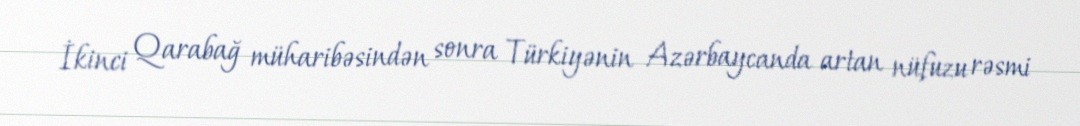
İkinci Qarabağ müharibəsindən sonra Türkiyənin Azərbaycanda artan nüfuzu rəsmi